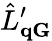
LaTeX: \hat{L}_{\mathbf q\mathbf G}^{\prime}